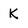
Character: K